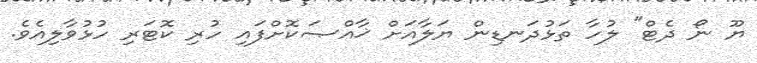
ޔޫ ނޯ ދެޓް" ލުހާ ތަޅުދަނޑިން ޔަލާއަށް ޚާއްޞަކޮށްފައި ހުރި ކޮޓަރި ހުޅުވާލިއެވެ.